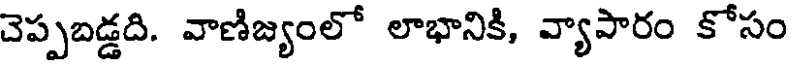
చెప్పబడ్డది. వాణిజ్యంలో లాభానికి, వ్యాపారం కోసం